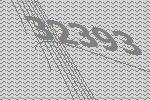
32393